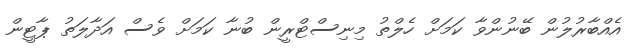
އެއްބާރުލުން ބޭނުންވާ ކަމަށް ހެލްތު މިނިސްޓްރީން ބުނާ ކަމަށް ވެސް އަދާލަތު ޕާޓީން